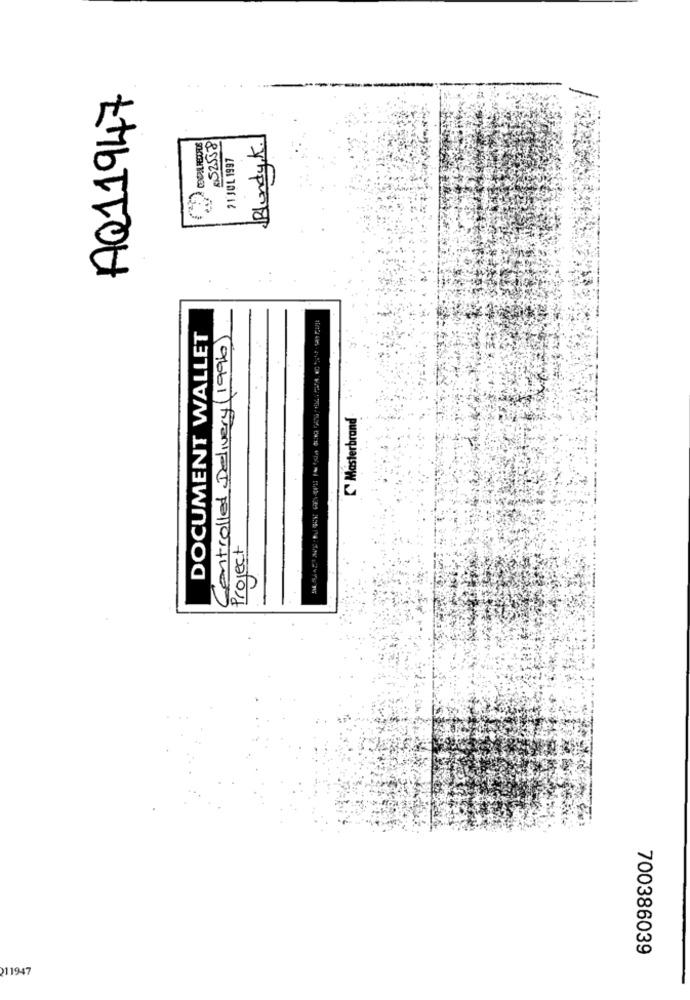
AQ11947
Blundy.K.
052558
21 JUL 1997
DOCUMENT WALLET
Controlled Delivery (1996
Masterbrand
Project
700386039
211947